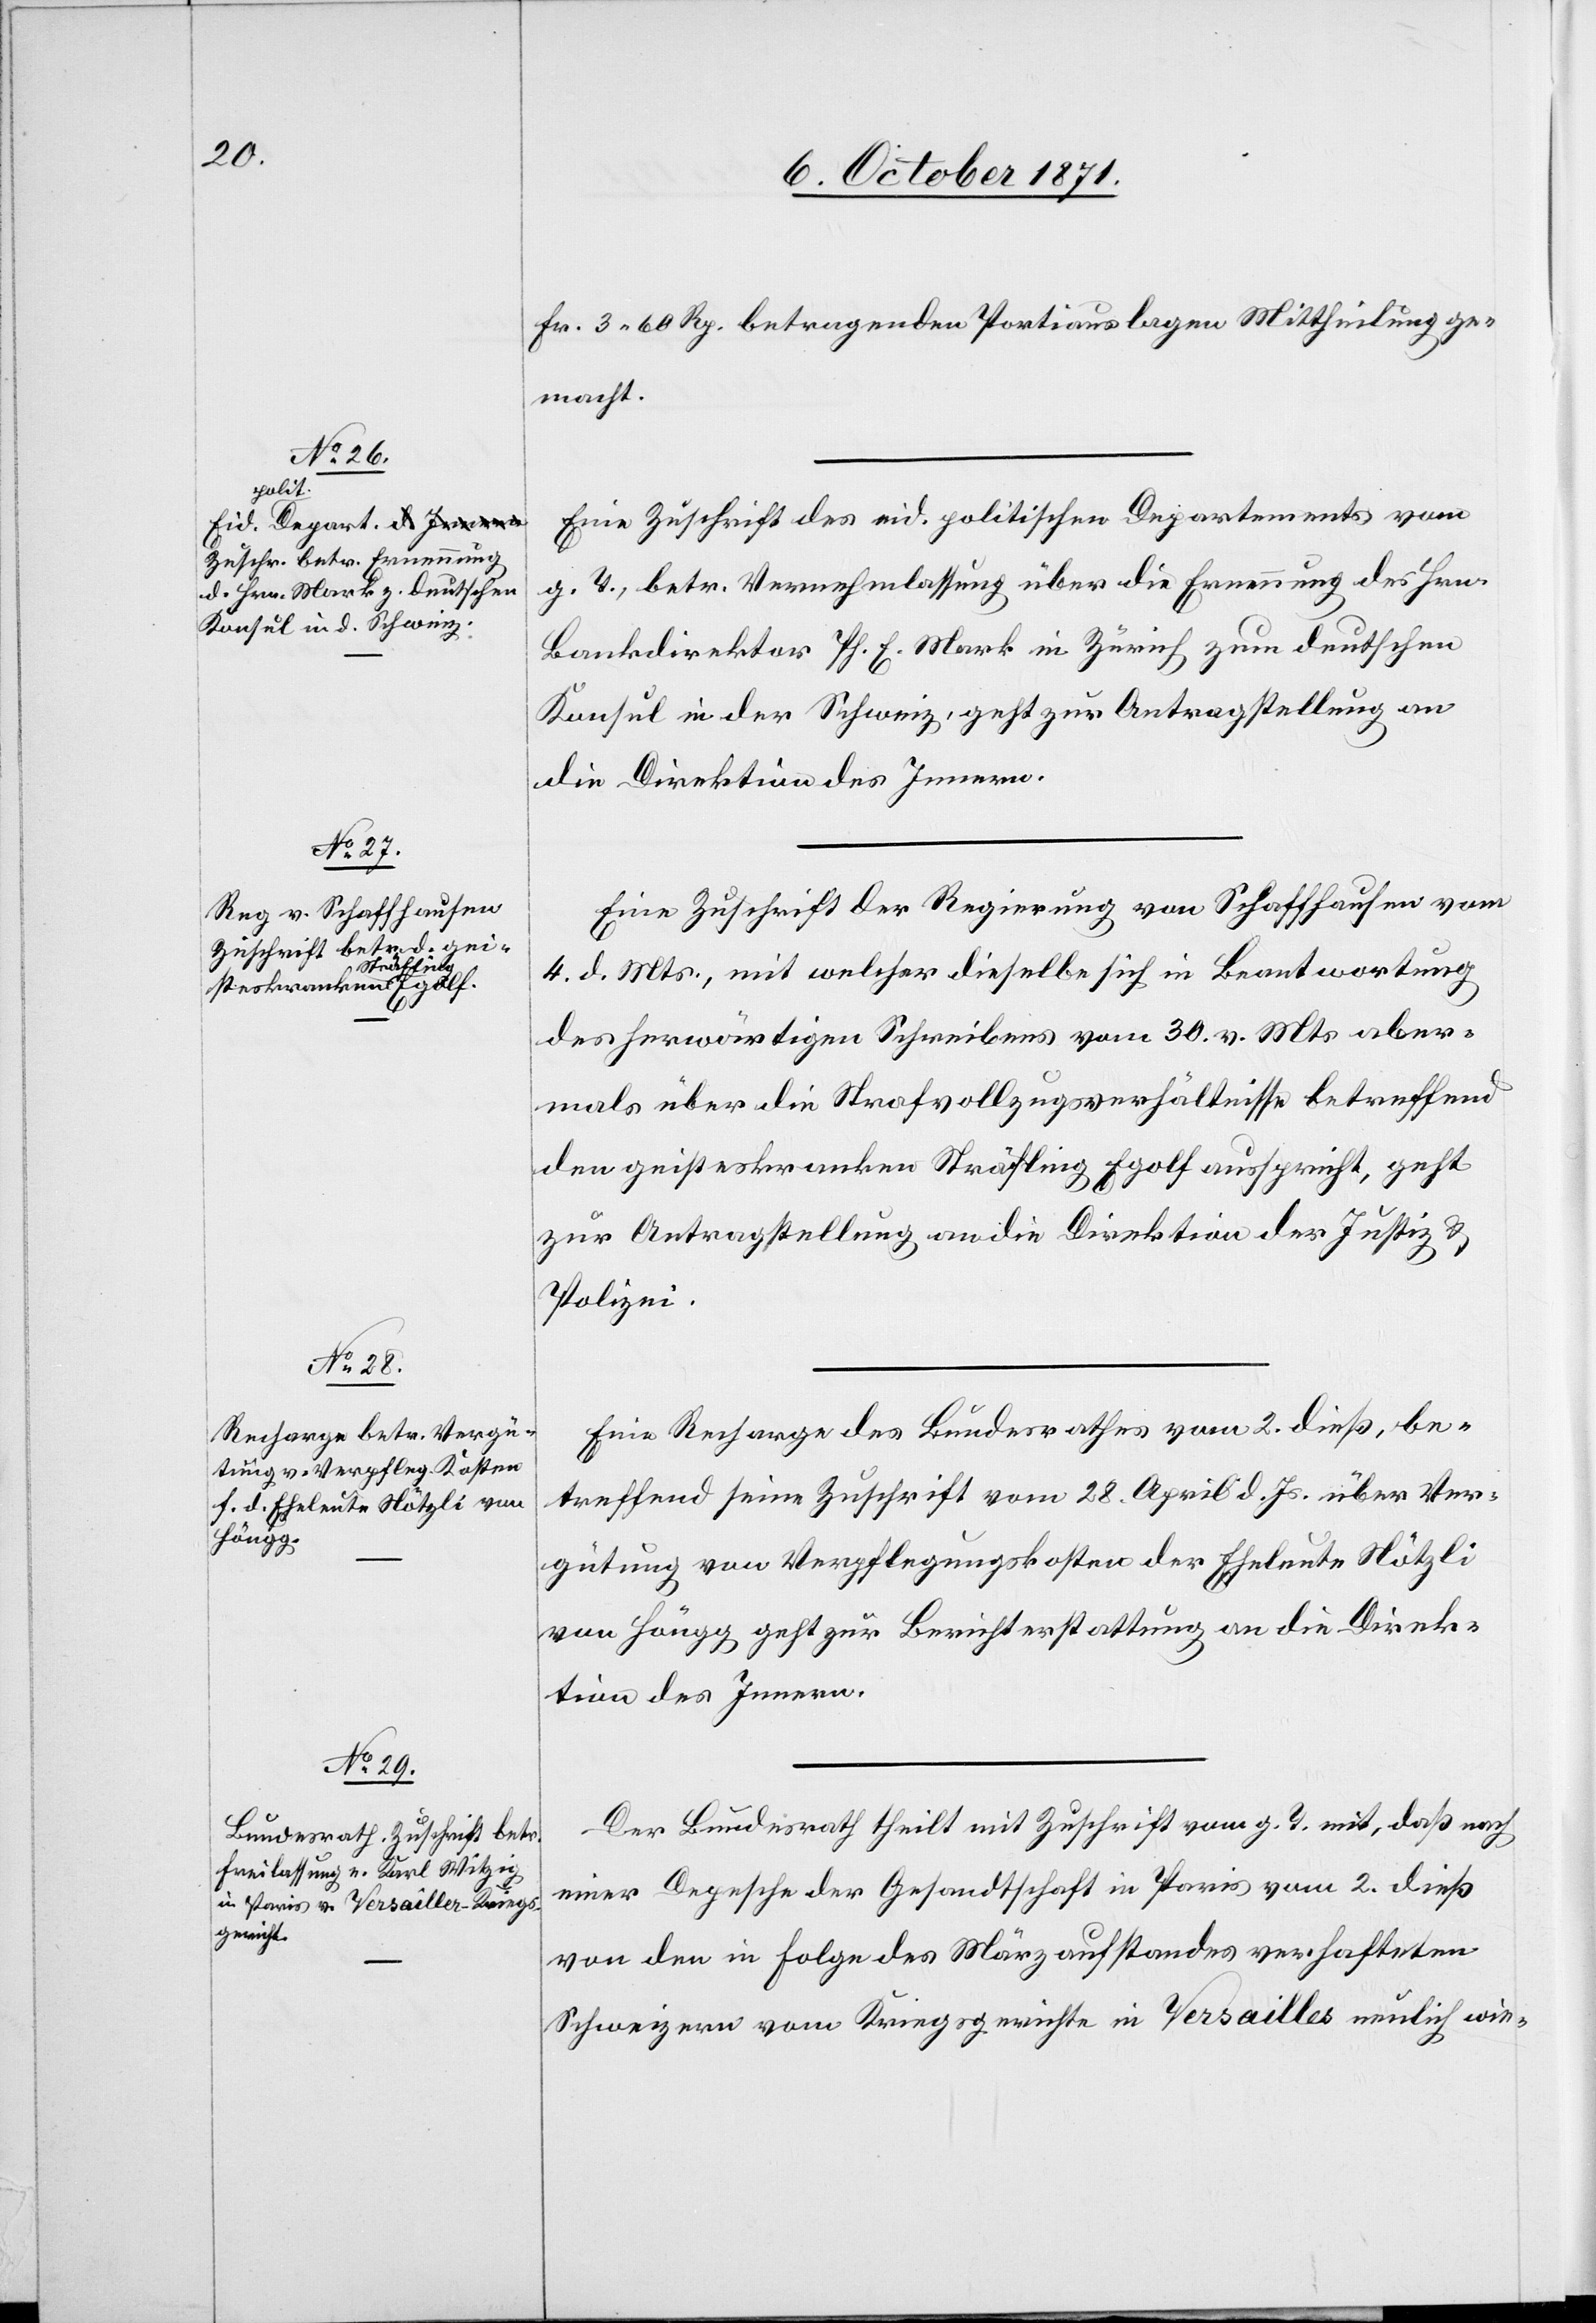
6. October 1871.]
Fr. 3. 60 Rp. betragenden Portiauslagen Mittheilung ge¬
macht.
Eine Zuschrift des eid. polit. Departements vom
g. T., betr. Vernehmlassung über die Erneuerung des Hrn.
Bankdirektor Ph. E. Mark in Zürich zum deutschen
Konsul in der Schweiz, geht zur Antragstellung an
die Direktion des Innern.
Eine Zuschrift der Regierung von Schaffhausen vom
4. d. Mts., mit welcher dieselbe sich in Beantwortung
des herwärtigen Schreibens vom 30. v. Mts. aber¬
mals über die Strafvollzugsverhältnisse betreffend
den geisteskranken Sträfling Egolf ausspricht, geht
zur Antragstellung an die Direktion der Justiz &
Polizei.
Eine Recharge des Bundesrathes vom 2. dieß, be¬
treffend seine Zuschrift vom 28. April d. Js. über Ver¬
gütung von Verpflegungskosten der Eheleute Nötzli
von Höngg geht zur Berichterstattung an die Direk¬
tion des Innern.
Der Bundesrath theilt mit Zuschrift vom g. T. mit, daß nach
einer Depesche der Gesandtschaft in Paris vom 2. dieß
von den in Folge des Märzaufstandes verhaftirten
Schweizern vom Kriegsgerichte in Versailles neulich wie-